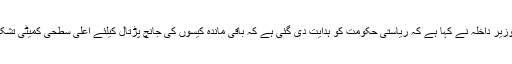
اس کے علاوہ اعتماد سازی کے دوسرے اقدام کے تحت مرکزی وزیر داخلہ نے کہا ہے کہ ریاستی حکومت کو ہدایت دی گئی ہے کہ باقی ماندہ کیسوں کی جانچ پڑتال کیلئے اعلیٰ سطحی کمیٹی تشکیل دی جائے جس کی سربراہی ایک اعلیٰ پولیس آفیسر کریں گے ۔